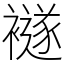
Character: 襚